Lunatic asylums Central Provinces reports 1910-1926 - 1910-1926
Year: 1910
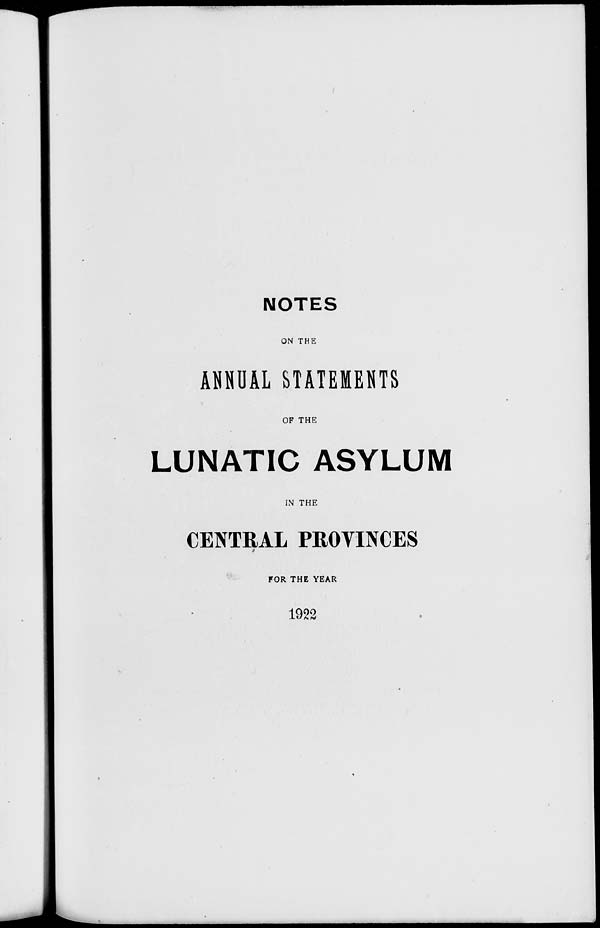
NOTES
ON THE
ANNUAL STATEMENTS
OF THE
LUNATIC ASYLUM
IN THE
CENTRAL PROVINCES
FOR THE YEAR
1922